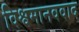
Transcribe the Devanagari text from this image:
विश्वमानववाद